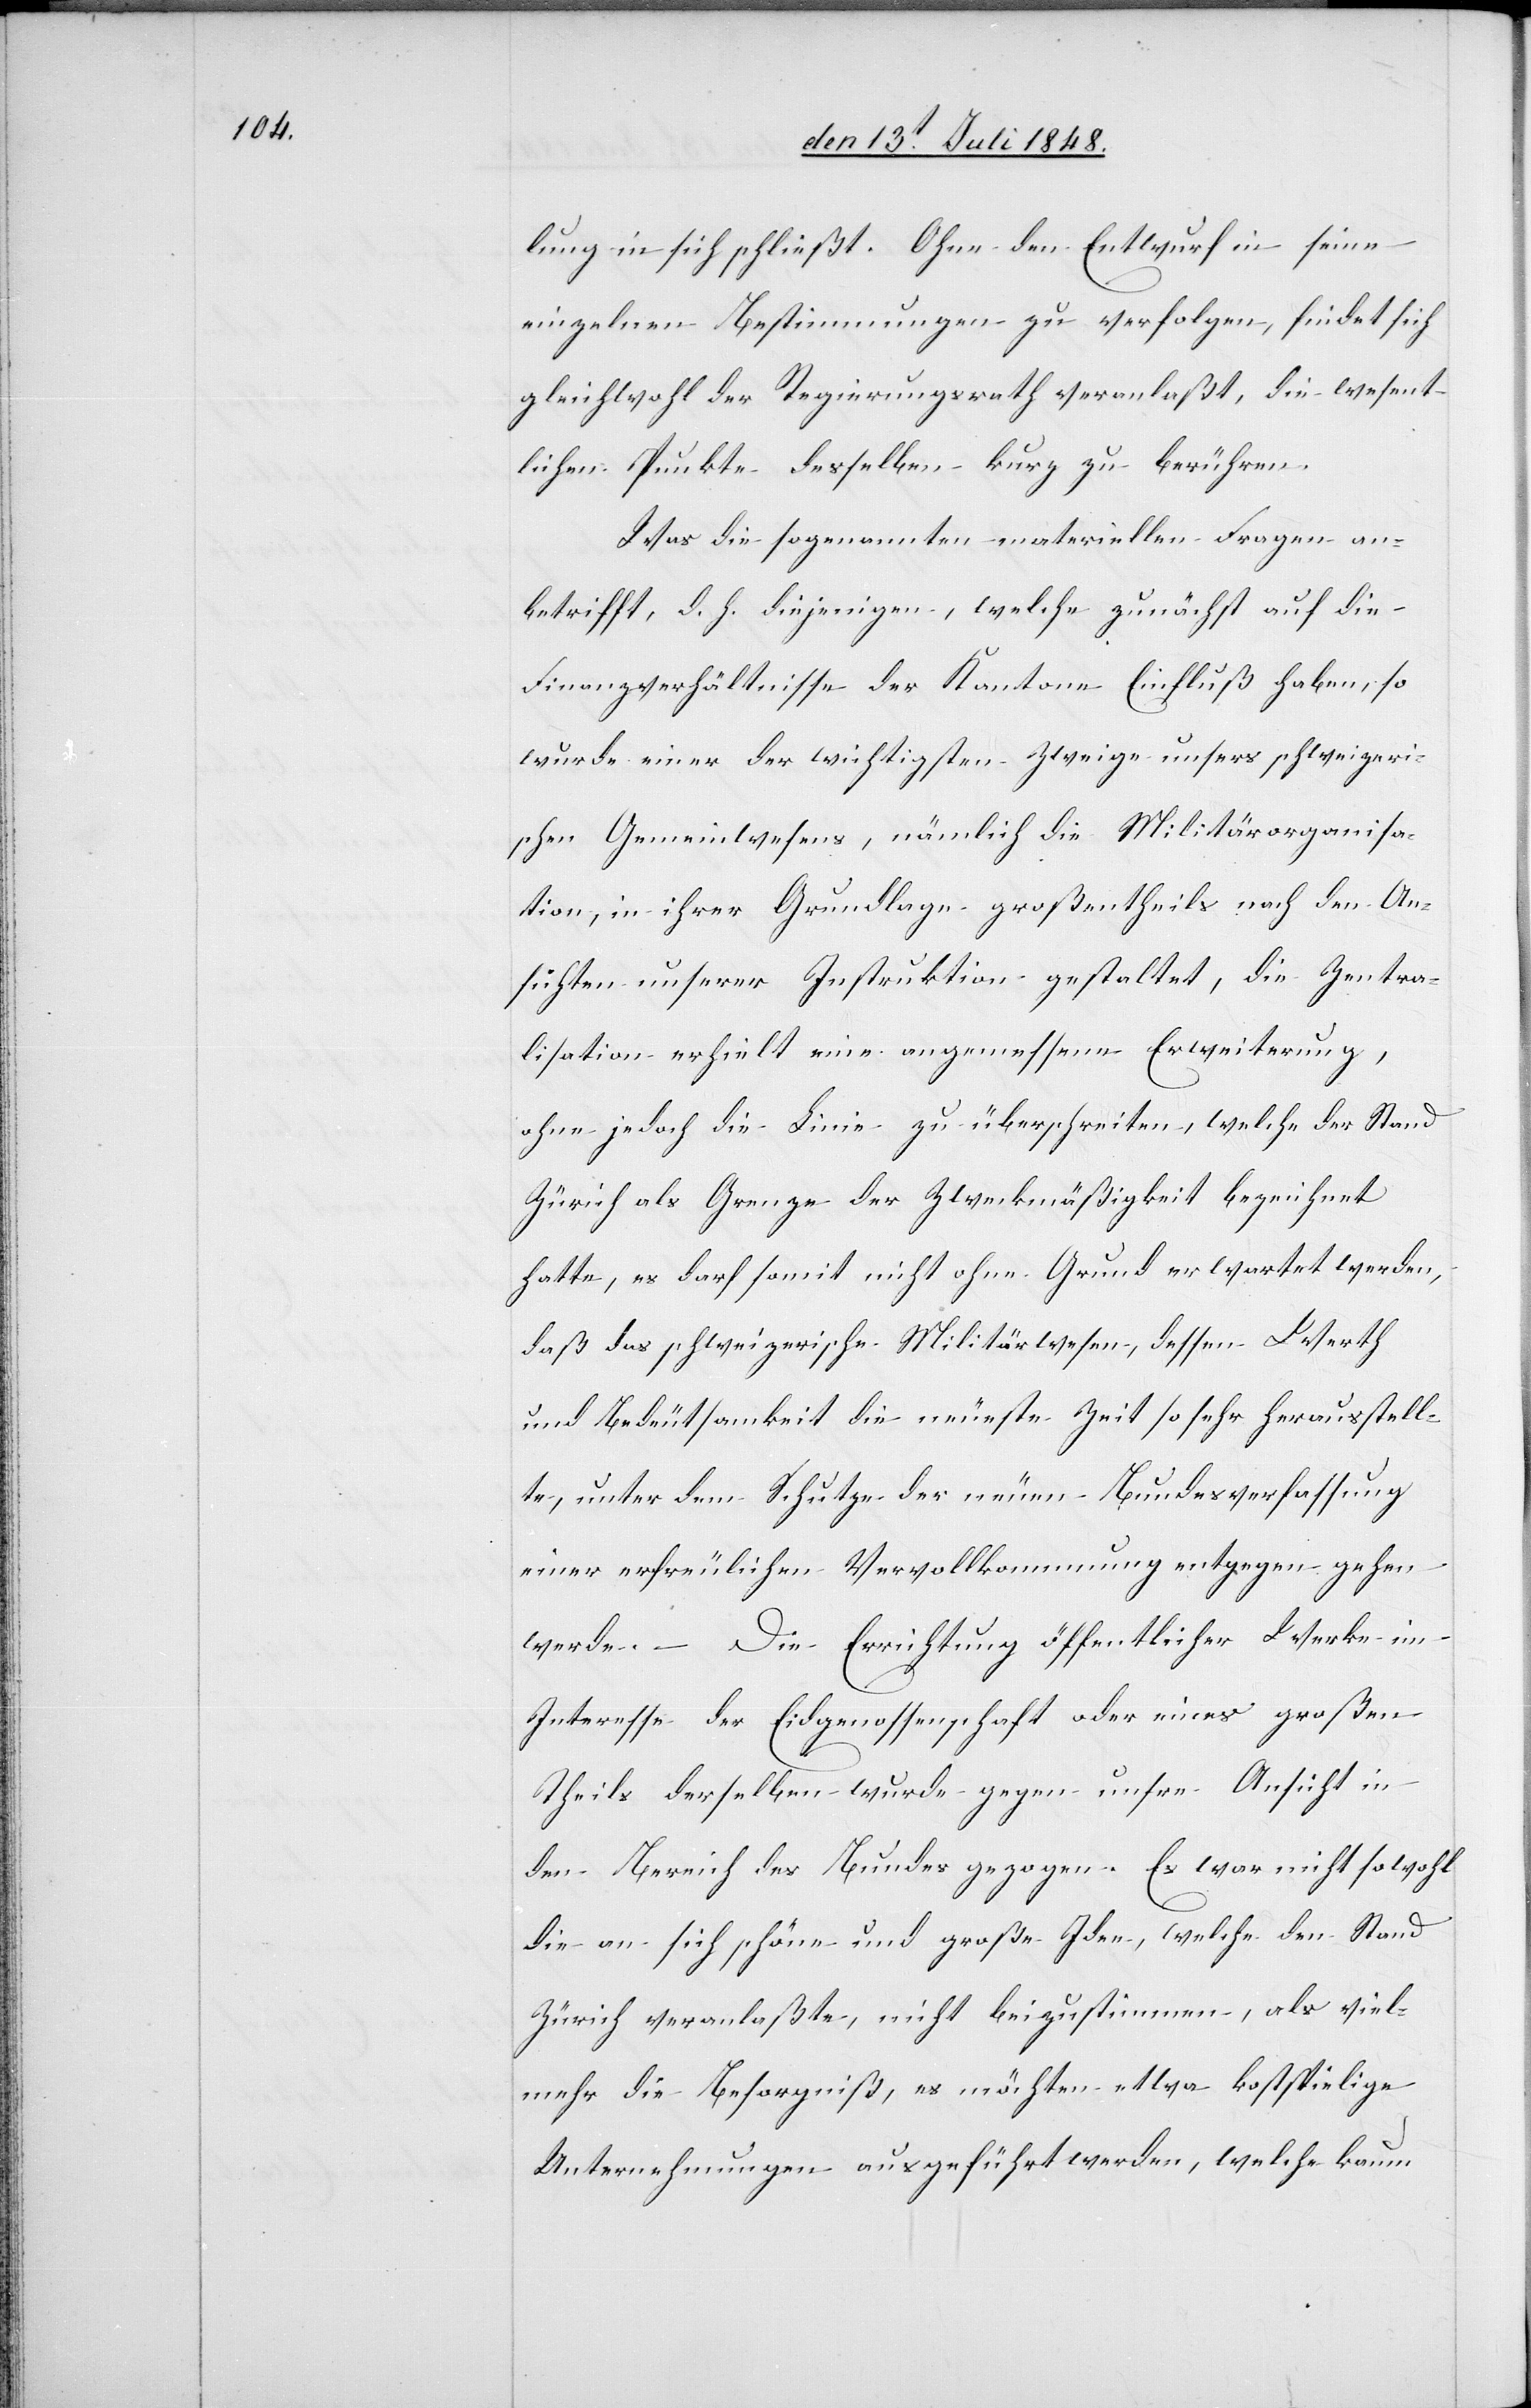
lung in sich schließt. Ohne den Entwurf in seine
einzelnen Bestimmungen zu verfolgen, findet sich
gleichwohl der Regierungsrath veranlaßt, die wesent¬
lichen Punkte desselben kurz zu berühren.
Was die sogenannten materiellen Fragen an¬
betrifft, d. h. diejenigen, welche zunächst auf die
Finanzverhältnisse der Kantone Einfluß haben, so
wurde einer der wichtigsten Zweige unsers schweizeri¬
schen Gemeinwesens, nämlich die Militärorganisa¬
tion, in ihrer Grundlage großentheils nach den An¬
sichten unserer Instruktionen gestaltet, die Zentra¬
lisation erhielt eine angemessene Erweiterung,
ohne jedoch die Linie zu überschreiten, welche der Stand
Zürich als Grenze der Zweckmäßigkeit bezeichnet
hatte, es darf somit nicht ohne Grund erwartet werden,
daß das schweizerische Militärwesen, dessen Werth
und Bedeutsamkeit die neueste Zeit so sehr herausstell¬
te, unter dem Schutze der neuen Bundesverfassung
einer erfreulichen Vervollkommnung entgegen gehen
werde. Die Errichtung öffentlicher Werke im
Interesse der Eidgenossenschaft oder eines großen
Theils derselben wurde gegen unsere Ansicht in
den Bericht des Bundes gezogen. Es war nicht sowohl
die an sich schöne und große Idee, welche den Stand
Zürich veranlaßte, nicht beizustimmen, als viel¬
mehr die Besorgniß, es möchten etwa kostspielige
Unternehmungen ausgeführt werden, welche kaum